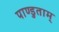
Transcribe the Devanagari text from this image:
पाण्डुताम्‌